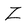
Character: Z